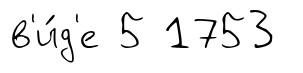
в'и́д'е 5 1753